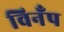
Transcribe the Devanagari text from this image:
विनँप